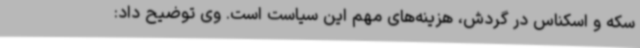
سکه‌ و اسکناس در گردش، هزینه‌های مهم این سیاست است. وی توضیح داد: